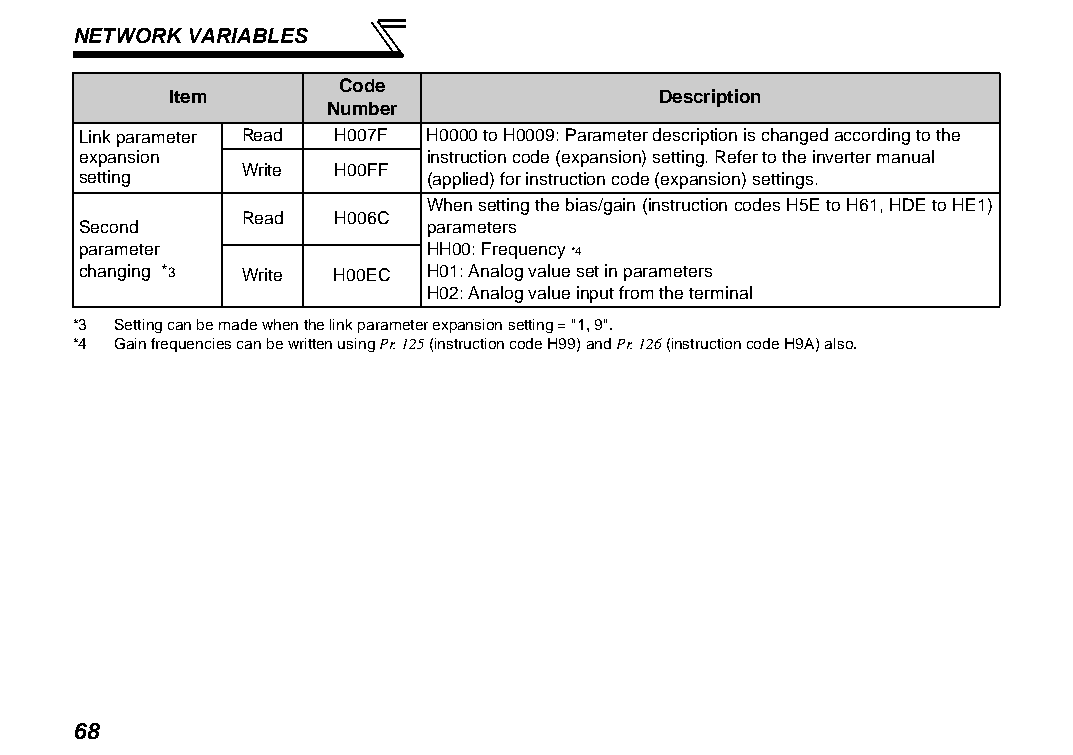
NETWORK VARIABLES
 Code
 Item                            Description
 Number
 Link parameter Read H007F H0000 to H0009: Parameter description is changed according to the
 expansion              instruction code (expansion) setting. Refer to the inverter manual
 Write H00FF
 setting                (applied) for instruction code (expansion) settings.
 When setting the bias/gain (instruction codes H5E to H61, HDE to HE1)
 Read  H006C
 Second                 parameters
 parameter              HH00: Frequency *4
 changing *3 Write H00EC H01: Analog value set in parameters
 H02: Analog value input from the terminal
 *3 Setting can be made when the link parameter expansion setting = "1, 9".
 *4 Gain frequencies can be written using Pr. 125 (instruction code H99) and Pr. 126 (instruction code H9A) also.
 68